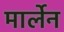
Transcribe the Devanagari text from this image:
मार्लेन